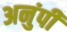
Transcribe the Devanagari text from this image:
अनुंपी